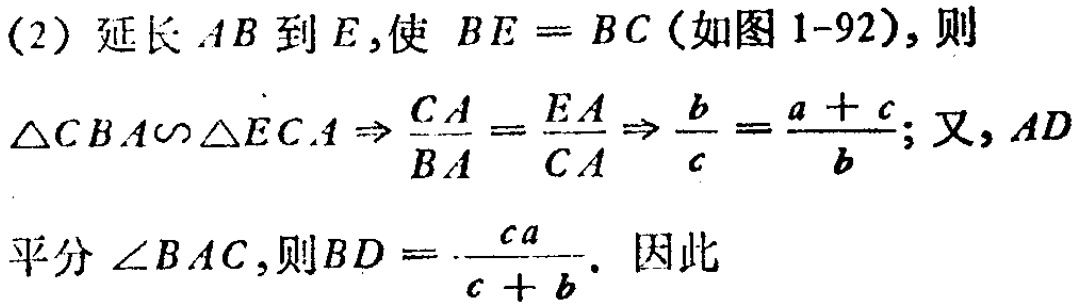
(2) 延长 \(AB\) 到 \(E\),使 \(BE = BC\) (如图 1-92), 则
\(\triangle CBA\sim\triangle ECA\Rightarrow \frac{CA}{BA}=\frac{EA}{CA}\Rightarrow \frac{b}{c}=\frac{a + c}{b}\); 又, \(AD\)
平分 \(\angle BAC\),则\(BD = \frac{ca}{c + b}\). 因此